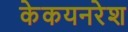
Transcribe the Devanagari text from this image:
केकयनरेश